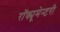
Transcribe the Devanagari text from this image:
रॉक्यूमेन्टरी